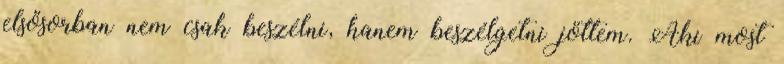
elsősorban nem csak beszélni, hanem beszélgetni jöttem. Aki most